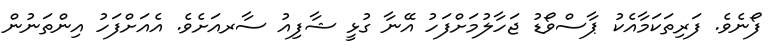
ފޯނެވެ. ފަރިތަކަމާއެކު ޕާސްވޯޑު ޖަހާލުމަށްފަހު އޭނާ ގުޅީ ޝާފިއު ސާރއަށެވެ. އެއަށްފަހު އިންތަނުން